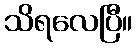
သိရလေပြီ။